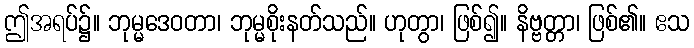
ဤအရပ်၌။ ဘုမ္မဒေဝတာ၊ ဘုမ္မစိုးနတ်သည်။ ဟုတွာ၊ ဖြစ်၍။ နိဗ္ဗတ္တာ၊ ဖြစ်၏။ ဧသ